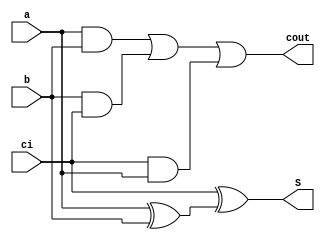
`timescale 1ns / 1ps
//////////////////////////////////////////////////////////////////////////////////
// Company: 
// Engineer: 
// 
// Design Name: 
// Module Name:    Fulladder4 
// Project Name: 
// Target Devices: 
// Tool versions: 
// Description: 
//
// Dependencies: 
//
// Revision: 
// Revision 0.01 - File Created
// Additional Comments: 
//
//////////////////////////////////////////////////////////////////////////////////
module Fulladder4(
input ci,
input a, b, 
output S,
output cout
    );

assign S = ci ^ ( a ^ b );
assign cout = (a & b) | (b & ci) | (ci & a); 

endmodule